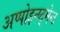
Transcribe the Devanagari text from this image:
अप्पोइन्य्ट्मेन्ट